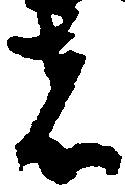
者